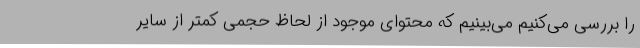
را بررسی می‌کنیم می‌بینیم که محتوای موجود از لحاظ حجمی کمتر از سایر